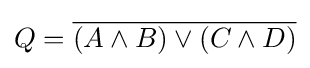
Q={\overline {(A\wedge B)\vee (C\wedge D)}}